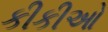
કીકીઓ